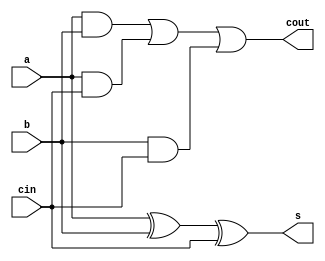
`timescale 1ns / 1ps
//////////////////////////////////////////////////////////////////////////////////
// Company: 
// Engineer: 
// 
// Design Name: 
// Module Name: fullAdder
// Project Name: 
// Target Devices: 
// Tool Versions: 
// Description: 
// 
// Dependencies: 
// 
// Revision:
// Revision 0.01 - File Created
// Additional Comments:
// 
//////////////////////////////////////////////////////////////////////////////////


module fullAdder(input a, b, cin, output s, cout);

assign s = a^b^cin;
assign cout = (a&b)|(a&cin)|(b&cin);

endmodule